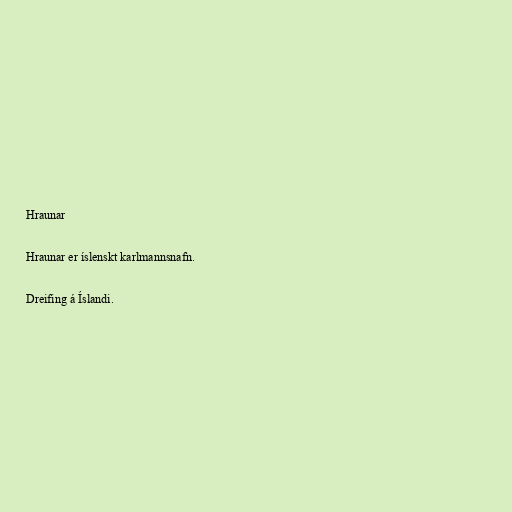
Hraunar

Hraunar er íslenskt karlmannsnafn.

Dreifing á Íslandi.